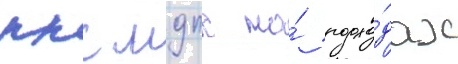
ккс мдпс на́ подхо́дах